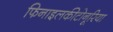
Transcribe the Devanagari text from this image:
फिनाइलकीटोनूरिया